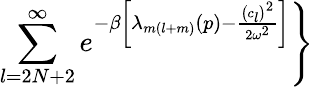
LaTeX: \sum_{l=2N+2}^{\infty}e^{-\beta\left[\lambda_{m(l+m)}\left(p\right)-\frac{\left(c_{l}\right)^{2}}{2\omega^{2}}\right]}\Biggr\}